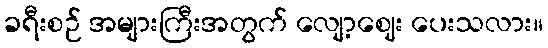
ခရီးစဉ် အများကြီးအတွက် လျော့ဈေး ပေးသလား။